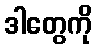
ဒါတွေကို